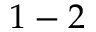
1 - 2